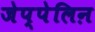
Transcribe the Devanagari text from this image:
जेप्पेलिऩ